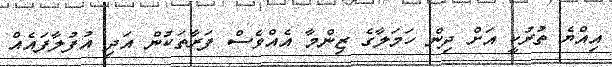
އިއްޔެ ތުރުކީ އަށް ދިން ހަމަލާގެ ޒިންމާ އެއްވެސް ފަރާތަކުން އަދި އުފުލާފައެއް